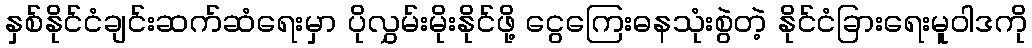
နှစ်နိုင်ငံချင်းဆက်ဆံရေးမှာ ပိုလွှမ်းမိုးနိုင်ဖို့ ငွေကြေးဓနသုံးစွဲတဲ့ နိုင်ငံခြားရေးမူဝါဒကို